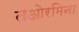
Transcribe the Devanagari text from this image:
तओरमिना